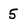
Character: 5